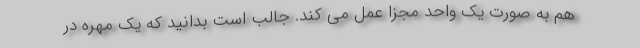
هم به صورت یک واحد مجزا عمل می کند. جالب است بدانید که یک مهره در